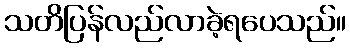
သတိပြန်လည်လာခဲ့ရပေသည်။